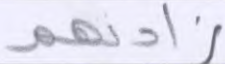
زادتهم